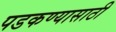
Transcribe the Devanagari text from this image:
पडकण्यासाठी